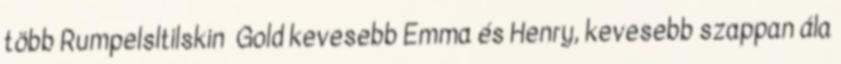
több Rumpelsltilskin Gold kevesebb Emma és Henry, kevesebb szappan ála